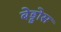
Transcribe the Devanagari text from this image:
बेड्डोस